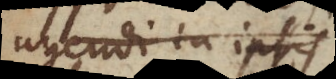
agendi in ipsis